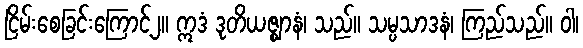
ငြိမ်းစေခြင်းကြောင့်၂။ ဣဒံ ဒုတိယဇ္ဈာနံ၊ သည်။ သမ္ပသာဒနံ၊ ကြည်သည်။ ဝါ၊